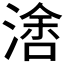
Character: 𰜭